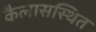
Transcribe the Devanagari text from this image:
कैलासस्थित